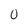
Character: 0